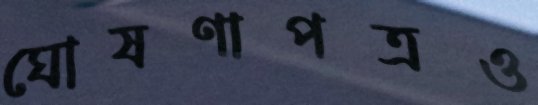
ঘোষণাপত্রও